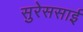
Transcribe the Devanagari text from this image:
सुरेससाई